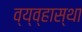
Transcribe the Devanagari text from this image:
व्य्व्हास्था